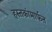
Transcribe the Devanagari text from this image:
हस्तकांमार्फत